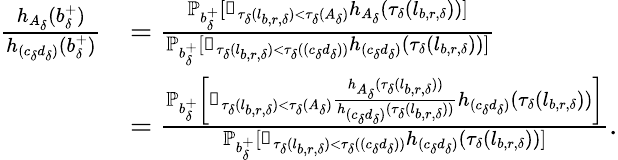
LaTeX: \begin{array}{rl}{\frac{h_{A_{\delta}}(b_{\delta}^{+})}{h_{(c_{\delta}d_{\delta})}(b_{\delta}^{+})}}&{=\frac{\mathbb{P}_{b_{\delta}^{+}}[\mathbb{1}_{\tau_{\delta}(l_{b,r,\delta})<\tau_{\delta}(A_{\delta})}h_{A_{\delta}}(\tau_{\delta}(l_{b,r,\delta}))]}{\mathbb{P}_{b_{\delta}^{+}}[\mathbb{1}_{\tau_{\delta}(l_{b,r,\delta})<\tau_{\delta}((c_{\delta}d_{\delta}))}h_{(c_{\delta}d_{\delta})}(\tau_{\delta}(l_{b,r,\delta}))]}}\\ &{=\frac{\mathbb{P}_{b_{\delta}^{+}}\left[\mathbb{1}_{\tau_{\delta}(l_{b,r,\delta})<\tau_{\delta}(A_{\delta})}\frac{h_{A_{\delta}}(\tau_{\delta}(l_{b,r,\delta}))}{h_{(c_{\delta}d_{\delta})}(\tau_{\delta}(l_{b,r,\delta}))}h_{(c_{\delta}d_{\delta})}(\tau_{\delta}(l_{b,r,\delta}))\right]}{\mathbb{P}_{b_{\delta}^{+}}[\mathbb{1}_{\tau_{\delta}(l_{b,r,\delta})<\tau_{\delta}((c_{\delta}d_{\delta}))}h_{(c_{\delta}d_{\delta})}(\tau_{\delta}(l_{b,r,\delta}))]}.}\end{array}